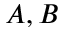
A , B